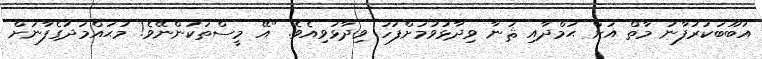
އަބޫބަކުރުފާނު މާތް އަށް ޙަމްދާއި ޘަނާ ވިދާޅުވުމަށްފަހު ވިދާޅުވިއެވެ. "އޭ މީސްތަކުންނޭވެ! މުޙައްމަދުގެފާނަށް